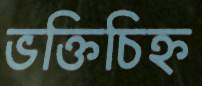
ভক্তিচিহ্ন